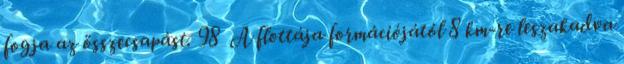
fogja az összecsapást. 98 A flottája formációjától 8 km-re leszakadva